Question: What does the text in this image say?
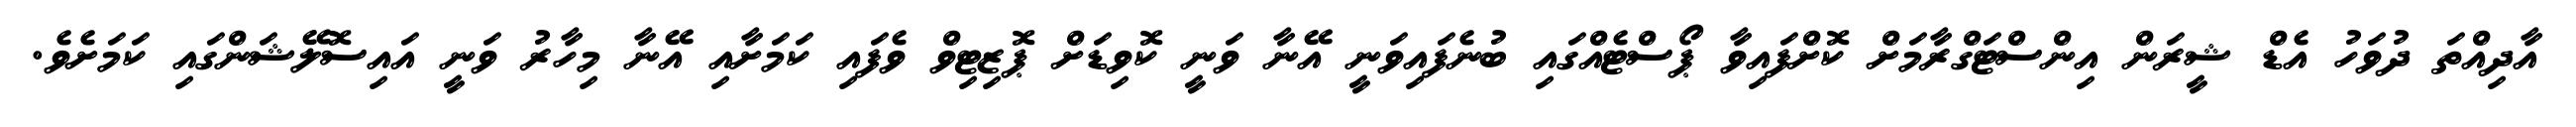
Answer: އާދިއްތަ ދުވަހު އެޑް ޝީރަން އިންސްޓަގްރާމަށް ކޮށްފައިވާ ޕޯސްޓެއްގައި ބުނެފައިވަނީ އޭނާ ވަނީ ކޮވިޑަށް ޕޮޒިޓިވް ވެފައި ކަމަށާއި އޭނާ މިހާރު ވަނީ އައިސޮލޭޝަންގައި ކަމަށެވެ.